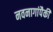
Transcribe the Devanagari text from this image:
नवनागांपैकी